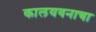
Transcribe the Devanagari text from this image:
कालयवनाचा